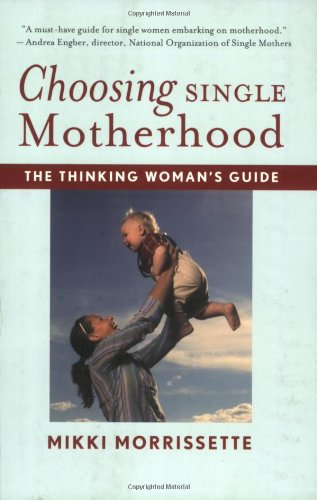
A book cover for Choosing Single Motherhood: The Thinking Woman's Guide; Mikki Morrissette; Parenting & Relationships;